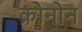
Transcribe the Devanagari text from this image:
क्रोनोन